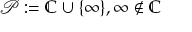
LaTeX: { \mathcal { P } } : = \mathbb { C } \cup \{ \infty \} , \infty \notin \mathbb { C }